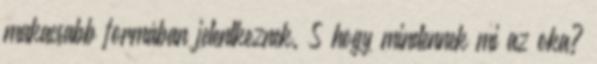
makacsabb formában jelentkeznek. S hogy mindennek mi az oka?